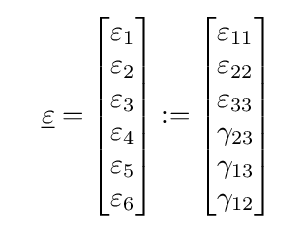
\quad {\underline {\varepsilon }}={\begin{bmatrix}\varepsilon _{1}\\\varepsilon _{2}\\\varepsilon _{3}\\\varepsilon _{4}\\\varepsilon _{5}\\\varepsilon _{6}\end{bmatrix}}:={\begin{bmatrix}\varepsilon _{11}\\\varepsilon _{22}\\\varepsilon _{33}\\\gamma _{23}\\\gamma _{13}\\\gamma _{12}\end{bmatrix}}